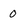
Character: o